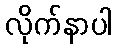
လိုက်နာပါ